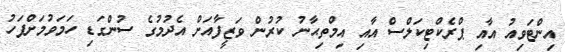
އިންޓަވިއު އާއި ޕްރެކްޓިކަލްސް އާއި އިމްތިޙާނު ކުރުން ވަޒީފާއަށް އެދުމުގެ ސުންގަޑި ހަމަވުމަށްފަހު